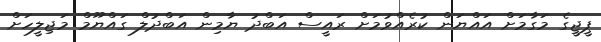
ޕީޖީގެ މަގާމަށް އައްޔަން ކުރެއްވުމަށް ރައީސް އަބްދު ޔާމިން އަބްދުލް ގައްޔޫމް މަޖިލީހަށް